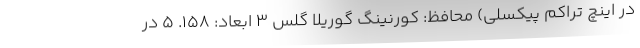
در اینچ تراکم پیکسلی) محافظ: کورنینگ گوریلا گلس ۳ ابعاد: ۱۵۸. ۵ در